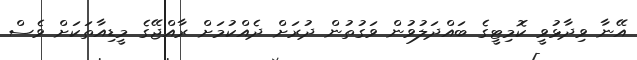
އޭނާ ވިދާޅުވީ ކޮމިޓީގެ ބައްދަލުވުން ވަގުތުން ދުރަށް ދެއްކުމަށް ރާއްޖޭގެ މީޑިއާތަކަށް ވެސް